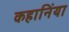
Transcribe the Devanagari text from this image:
कहानिंया